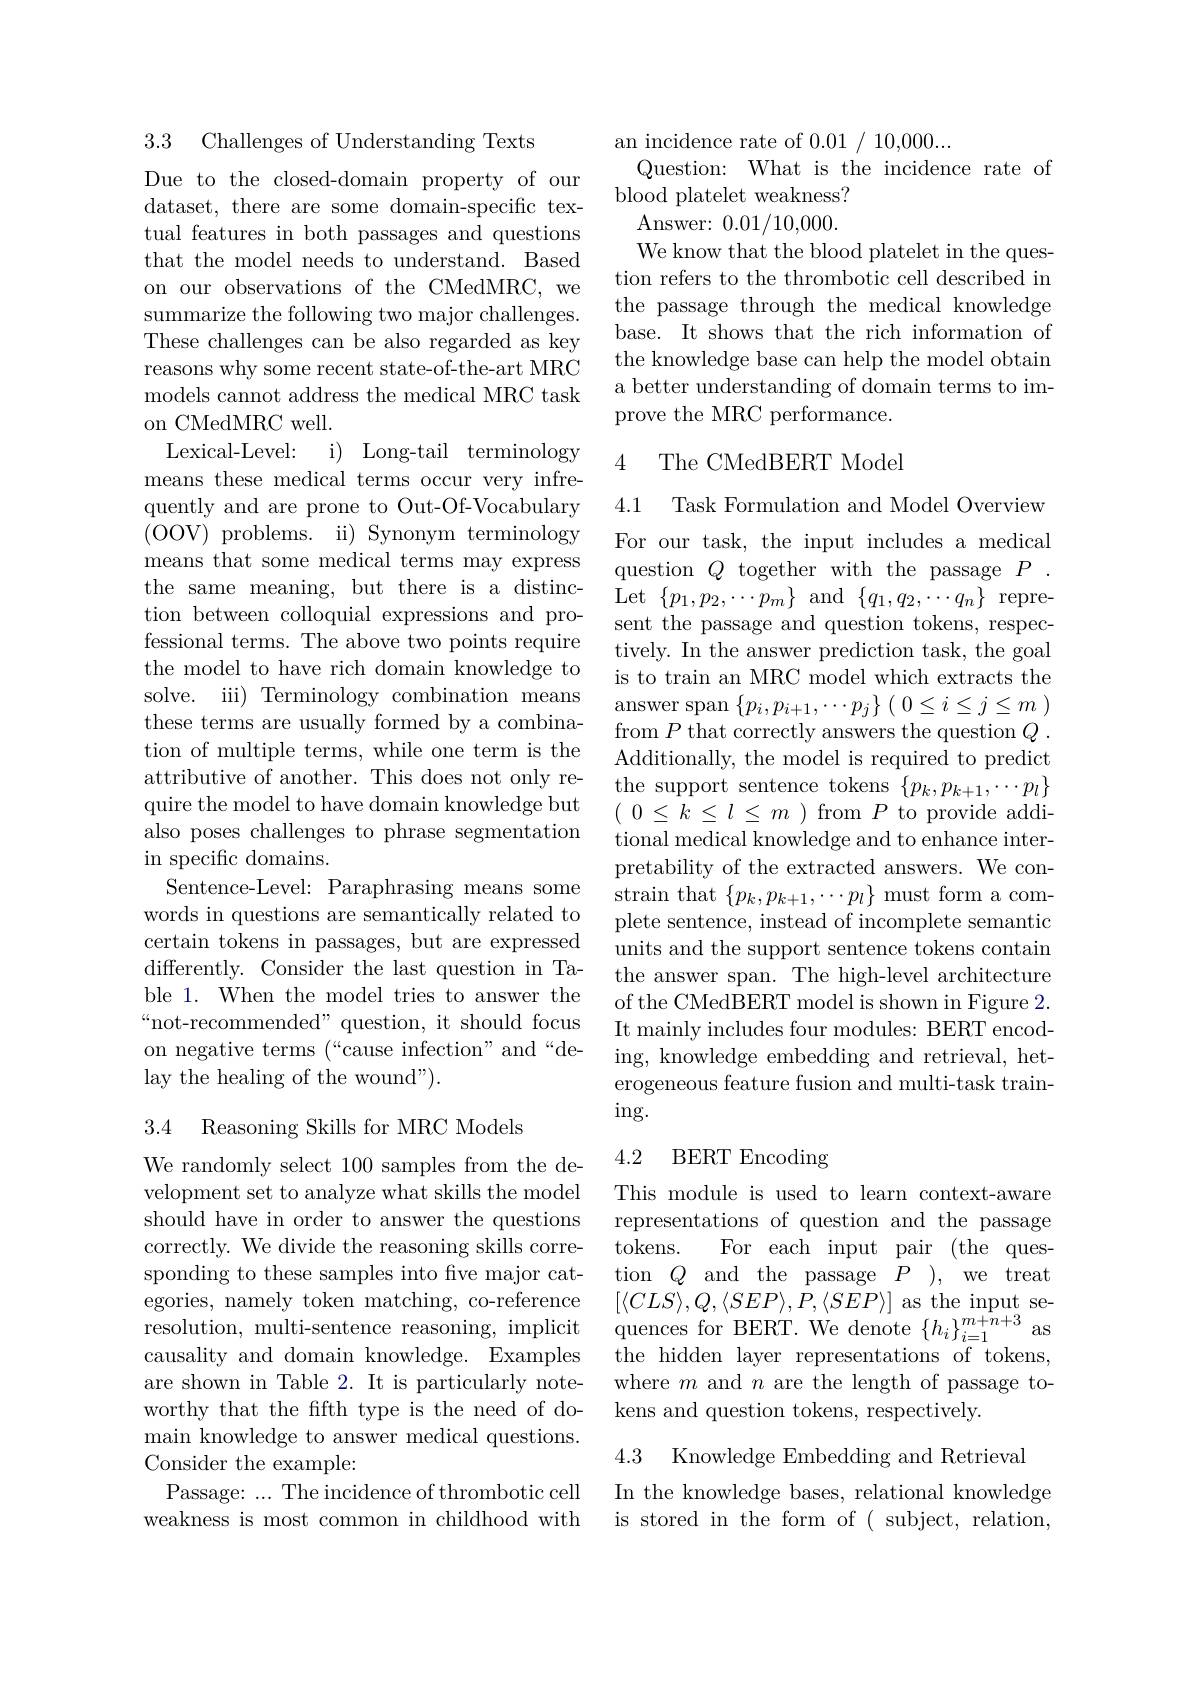
3.3 Challenges of Understanding Texts

Due to the closed-domain property of our dataset, there are some domain-specific textual features in both passages and questions that the model needs to understand. Based on our observations of the CMedMRC, we summarize the following two major challenges. These challenges can be also regarded as key reasons why some recent state-of-the-art MRC models cannot address the medical MRC task on CMedMRC well.
Lexical-Level: i) Long-tail terminology means these medical terms occur very infrequently and are prone to Out-Of-Vocabulary (OOV) problems. ii) Synonym terminology means that some medical terms may express the same meaning, but there is a distinc- Let $\{p_1,p_2,\cdots p_m\}$ and $\{q_1,q_2,\cdots q_n\}$ repre-
tion between colloquial expressions and professional terms. The above two points require the model to have rich domain knowledge to solve. iii) Terminology combination means these terms are usually formed by a combination of multiple terms, while one term is the attributive of another. This does not only require the model to have domain knowledge but also poses challenges to phrase segmentation in specific domains.
Sentence-Level: Paraphrasing means some words in questions are semantically related to certain tokens in passages, but are expressed differently. Consider the last question in Table 1. When the model tries to answer the “not-recommended” question, it should focus on negative terms $( ` ` `$cause infection" and“ de- lay the healing of the wound").

3.4 Reasoning Skills for MRC Models

We randomly select 100 samples from the development set to analyze what skills the model should have in order to answer the questions correctly. We divide the reasoning skills corresponding to these samples into five major categories, namely token matching, co-reference resolution, multi-sentence reasoning, implicit causality and domain knowledge. Examples are shown in Table 2. It is particularly noteworthy that the ffth type is the need of domain knowledge to answer medical questions. Consider the example:
Passage: ... The incidence of thrombotic cell

weakness is most common in childhood with

an incidence rate of 0.01/10,000...
Question: What is the incidence rate of
blood platelet weakness? Answer: 0.01/10,000. We know that the blood platelet in the question refers to the thrombotic cell described in the passage through the medical knowledge base. It shows that the rich information of the knowledge base can help the model obtain a better understanding of domain terms to improve the MRC performance.

## 4 The CMedBERT Model

4.1 Task Formulation and Model Overview For our task, the input includes a medical question $Q$ together with the passage $P.$ sent the passage and question tokens, respectively. In the answer prediction task, the goal is to train an MRC model which extracts the answer span $\{p_i,p_{i+1},\cdots p_j\}(0\leq i\leq j\leq m)$ from $P$ that correctly answers the question $Q.$ Additionally, the model is required to predict the support sentence tokens $\{p_k,p_{k+1},\cdots p_l\}$ $(\begin{array}{cc}0\leq k\leq l\leq m\end{array})$from$P$to provide additional medical knowledge and to enhance interpretability of the extracted answers. We constrain that $\{p_k,p_{k+1},\cdots p_l\}$ must form a complete sentence, instead of incomplete semantic units and the support sentence tokens contain the answer span. The high-level architecture of the CMedBERT model is shown in Figure 2. It mainly includes four modules: BERT encoding, knowledge embedding and retrieval, heterogeneous feature fusion and multi-task train- $ing.$

# 4.2 BERT Encoding

This module is used to learn context-aware representations of question and the passage tokens.
For each input pair (the ques-
tion$Q$and the passage$P)$,we treat $[\langle CLS\rangle,Q,\langle SEP\rangle,P,\langle SEP\rangle]$ as the input sequences for BERT. We denote $\{h_i\}_{i=1}^{m+n+3}$ as the hidden layer representations of tokens, where $m$ and $n$ are the length of passage tokens and question tokens, respectively.

4.3 Knowledge Embedding and Retrieval

In the knowledge bases, relational knowledge is stored in the form of ( subject, relation,